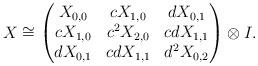
LaTeX: \begin{align*}X\cong\begin{pmatrix}X_{0,0}& cX_{1,0} & dX_{0,1}\\ cX_{1,0} & c^2X_{2,0} & cdX_{1,1}\\ dX_{0,1} & cdX_{1,1} & d^2X_{0,2}\end{pmatrix}\otimes I.\end{align*}